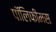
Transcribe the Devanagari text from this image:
पॉलिफीमस